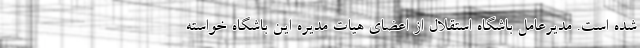
شده است. مدیرعامل باشگاه استقلال از اعضای هیات مدیره این باشگاه خواسته